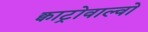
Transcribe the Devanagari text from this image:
क्वाट्रोवाल्वो